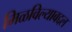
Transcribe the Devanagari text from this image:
मिळविल्याबद्दल